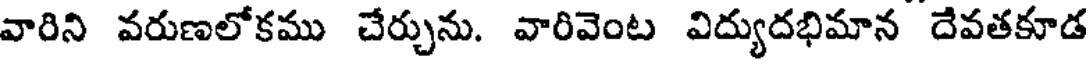
వారిని వరుణలోకము చేర్చును. వారివెంట విద్యుదభిమాన దేవతకూడ